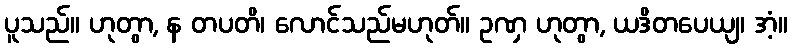
ပူသည်။ ဟုတွာ, န တပတိ၊ လောင်သည်မဟုတ်။ ဥဏှ ဟုတွာ, ယဒိတပေယျ၊ အံ့။